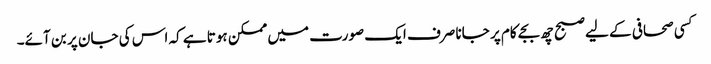
کسی صحافی کے لیے صبح چھ بجے کام پر جانا صرف ایک صورت میں ممکن ہوتا ہے کہ اس کی جان پر بن آئے۔